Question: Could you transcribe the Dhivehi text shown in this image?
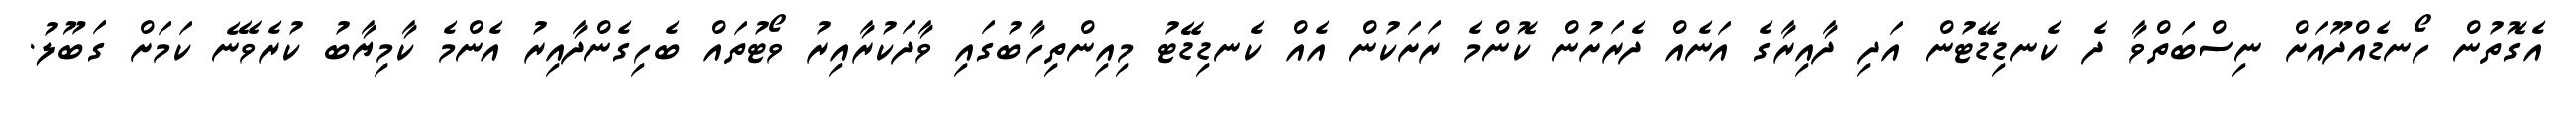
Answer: އެގޮތުން ހޯނޑެއްދޫއަށް ނިސްބަތްވާ ދެ ކެނޑިޑޭޓުން އަދި ދާއިރާގެ އަނެއް ދެރަށުން ކޮންމެ ރަށަކުން އެއް ކެނޑިޑޭޓު މިއިންތިހާބުގައި ވާދަކުރާއިރު ވޯޓުތައް ބެހިގެންދާއިރު އެންމެ ކާމިޔާބު ކުރެވޭނެ ކަމަށް ގަބޫލު.